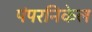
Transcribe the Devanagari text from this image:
पंपरनिकेल